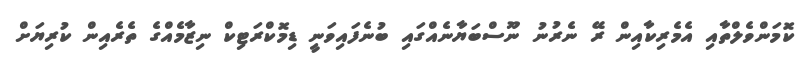
ކޮމަންވެލްތާއި އެމެރިކާއިން ރޭ ނެރުނު ނޫސްބަޔާނެއްގައި ބުނެފައިވަނީ ޑިމޮކްރަޓިކް ނިޒާމެއްގެ ތެރެއިން ކުރިޔަށް